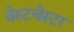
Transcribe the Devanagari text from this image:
वेस्‍टचेस्‍टर